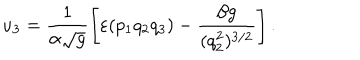
LaTeX: u _ { 3 } = \frac { 1 } { \alpha \sqrt { g } } \left[ \varepsilon ( p _ { 1 } q _ { 2 } q _ { 3 } ) - \frac { \beta g } { ( q _ { 2 } ^ { 2 } ) ^ { 3 / 2 } } \right] .